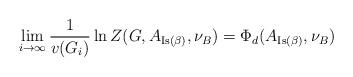
LaTeX: \begin{align*}\lim_{i\to \infty}\frac{1}{v(G_i)}\ln Z(G,A_{\mathrm{Is}(\beta)},\nu_B)=\Phi_d(A_{\mathrm{Is}(\beta)},\nu_B)\end{align*}